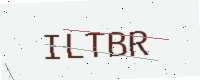
Text: ILTBR